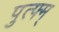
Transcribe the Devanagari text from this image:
पुत्फ्म्